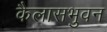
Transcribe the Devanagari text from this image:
कैलासभुवन